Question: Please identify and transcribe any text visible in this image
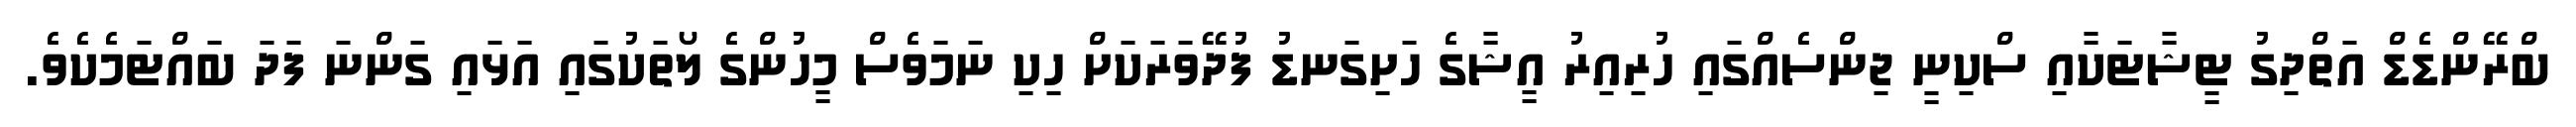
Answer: ބްރޭންޑެޑް އަތްދިގު ޓީޝާޓަކާއި ސްކިނީ ޖިންސެއްގައި ހުރިއިރު އީޝާގެ ހަށިގަނޑު ފުދޭވަރަކަށް ހިކި ނަމަވެސް މީހުންގެ ލޯތަކުގައި އަޅައި ގަންނަ ފަދަ ބައްޓަމެކެވެ.